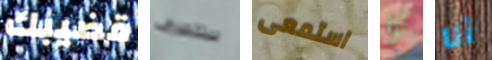
قضيبك ستتصرف استمعى لو أنا